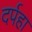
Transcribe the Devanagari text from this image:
दर्पहा